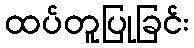
ထပ်တူပြုခြင်း